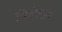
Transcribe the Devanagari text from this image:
मिले।युद्ध